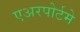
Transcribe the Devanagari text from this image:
एअरपोर्टमे